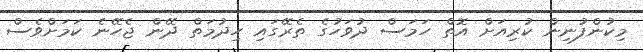
މިކުންފުނިން ކުރިއަށް އޮތް ހަމަސް ދުވަހުގެ ތެރޭގައި ހިދުމަތް ދޭން ޖެހޭނެ ކަމަށްވެސް